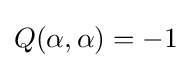
Q(\alpha ,\alpha )=-1